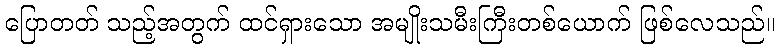
ပြောတတ် သည့်အတွက် ထင်ရှားသော အမျိုးသမီးကြီးတစ်ယောက် ဖြစ်လေသည်။